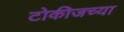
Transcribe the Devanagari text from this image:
टोकीजच्या